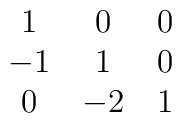
\matrix{ 1 & 0 & 0  \cr                -1 & 1 & 0  \cr                 0 &-2 & 1  \cr}